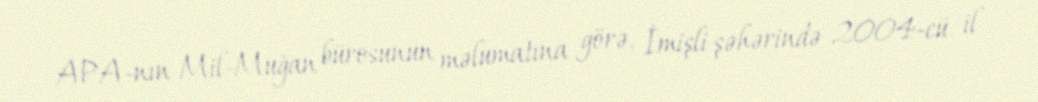
APA-nın Mil-Muğan bürosunun məlumatına görə, İmişli şəhərində 2004-cü il